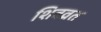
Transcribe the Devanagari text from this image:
शिवव्रत